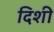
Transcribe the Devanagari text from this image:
दिशी